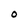
Character: O